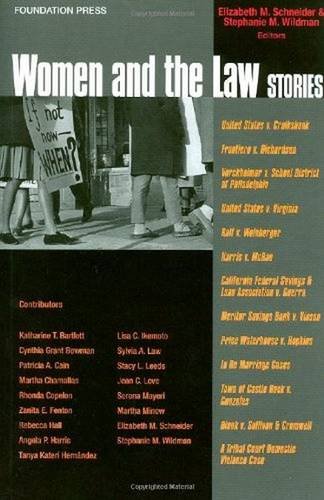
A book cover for Women and the Law: Stories; Law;